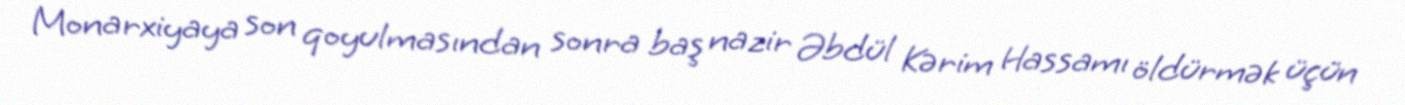
Monarxiyaya son qoyulmasından sonra baş nazir Əbdül Kərim Hassamı öldürmək üçün